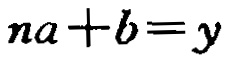
\(na + b = y\)